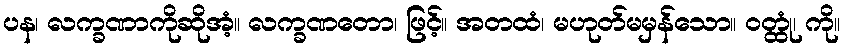
ပန၊ လက္ခဏာကိုဆိုအံ့။ လက္ခဏတော၊ ဖြင့်။ အတထံ၊ မဟုတ်မမှန်သော။ ဝတ္ထုံ၊ ကို။